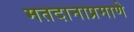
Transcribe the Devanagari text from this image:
मतदानाप्रमाणे